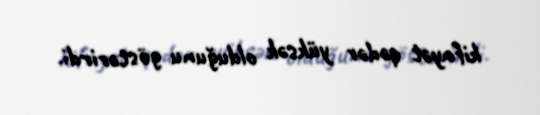
kifayət qədər yüksək olduğunu göstərirdi.